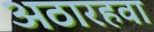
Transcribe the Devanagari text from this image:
अठारहवा